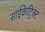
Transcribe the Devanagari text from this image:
साईकेट्रिक्ट